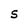
Character: S